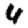
Digit: 4